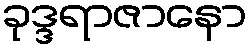
ခုဒ္ဒရာဇာနော